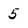
Character: 5